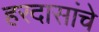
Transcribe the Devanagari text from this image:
हरदासांचे